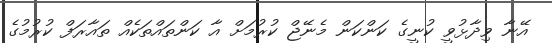
އޭނާ ވިދާޅުވީ ކުނީގެ ކަންކަން މެނޭޖް ކުރުމަށް އާ ކަންތައްތަކެއް ތައާރަފް ކުރުމުގެ